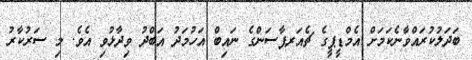
ބަދަލުކުރައްވާނެކަމަށް އެމްޑީޕީގެ ޗެއަރޕާސަންގެ ނައިބް އަހުމަދު އަބްދު ވިދާޅުވި އެވެ. މި ސަރުކާރު